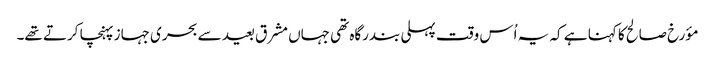
مؤرخ صالح کا کہنا ہے کہ یہ اُس وقت پہلی بندرگاہ تھی جہاں مشرق بعید سے بحری جہاز پہنچا کرتے تھے۔